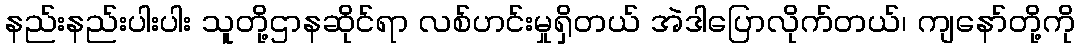
နည်းနည်းပါးပါး သူတို့ဌာနဆိုင်ရာ လစ်ဟင်းမှုရှိတယ် အဲဒါပြောလိုက်တယ်၊ ကျနော်တို့ကို